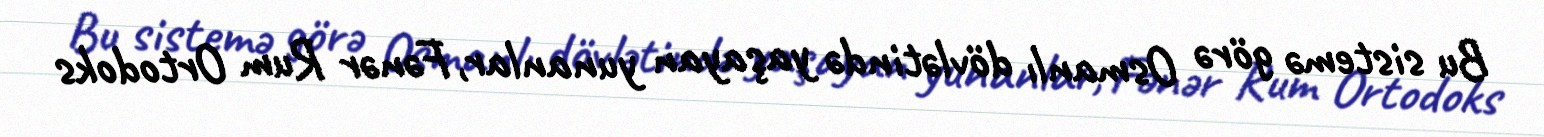
Bu sistemə görə Osmanlı dövlətində yaşayan yunanlar, Fənər Rum Ortodoks